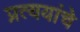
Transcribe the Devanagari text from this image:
प्रत्ययांचे